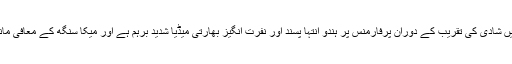
بھارتی گلوکار میکا سنگھ کی چند روز قبل پاکستان میں شادی کی تقریب کے دوران پرفارمنس پر ہندو انتہا پسند اور نفرت انگیز بھارتی میڈیا شدید برہم ہے اور میکا سنگھ کے معافی مانگنے کے باوجود انہیں تنگ کرنے سے باز نہیں آرہا۔